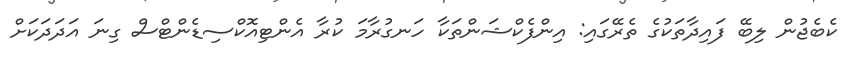
ކެބެޖުން ލިބޭ ފައިދާތަކުގެ ތެރޭގައި: އިންފެކްޝަންތަކާ ހަނގުރާމަ ކުރާ އެންޓިއޮކްސިޑެންޓްސް ގިނަ އަދަދަކަށް